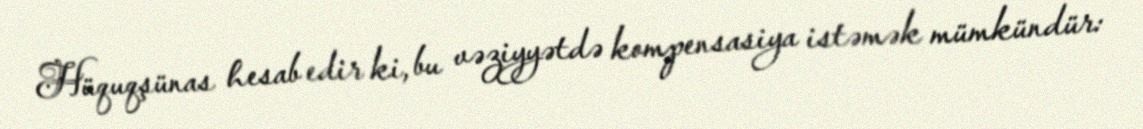
Hüquqşünas hesab edir ki, bu vəziyyətdə kompensasiya istəmək mümkündür: